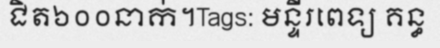
ជិត៦០០នាក់។Tags: មន្ទីរពេទ្យ គន្ធ